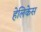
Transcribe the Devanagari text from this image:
हेलिकेस